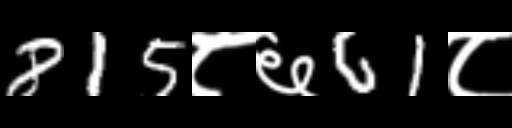
Text: 815८६61८